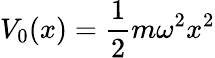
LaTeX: V_{0}(x)=\frac{1}{2}m\omega^{2}x^{2}